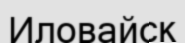
Иловайск